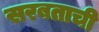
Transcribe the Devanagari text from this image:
सरबताची